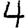
Digit: 4